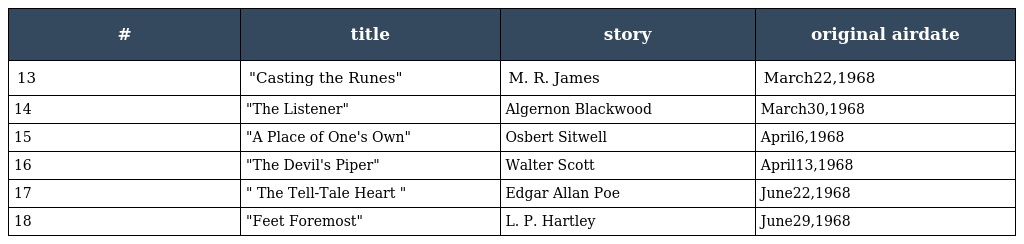
| # | title | story | original airdate |
 | --- | --- | --- | --- |
 | 13 | "Casting the Runes" | M. R. James | March22,1968 |
 | 14 | "The Listener" | Algernon Blackwood | March30,1968 |
 | 15 | "A Place of One's Own" | Osbert Sitwell | April6,1968 |
 | 16 | "The Devil's Piper" | Walter Scott | April13,1968 |
 | 17 | " The Tell-Tale Heart " | Edgar Allan Poe | June22,1968 |
 | 18 | "Feet Foremost" | L. P. Hartley | June29,1968 |